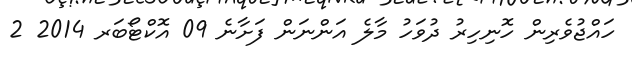
ހައްޖުވެރިން ހޮނިހިރު ދުވަހު މާލެ އަންނަން ފަށާނެ 09 އޮކްޓޯބަރ 2014 2